Report on the lunatic asylums under the Government of Bombay - 1904-1913
Year: 1904
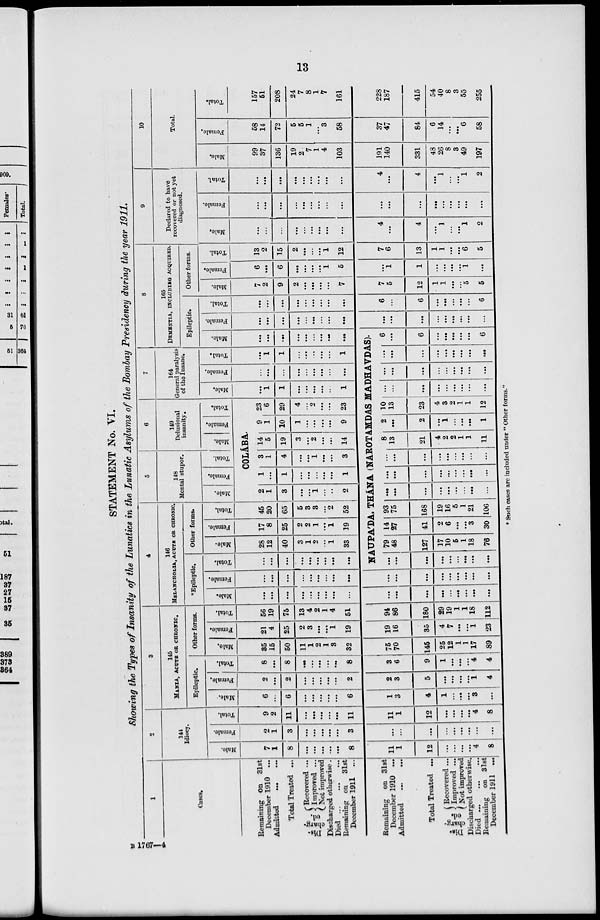
13
STATEMENT No. VI.
Showing the Types of Insanity of the Lunatics in the Lunatic Asylums of the Bombay Presidency during the year 1911.
1
Cases.
Remaining on
31st
December 1910...
Admitted
...
...
Total Treated ...
Dis¬
charg¬
ed.
Recovered ...
Improved ...
Not improved
Discharged otherwise.
Died...
...
...
Remaining on
31st
December 1911
Remaining on 31st
December 1910 ...
Admitted
...
...
Total Treated ...
Dis¬
charg-
ed.
Recovered ...
Improved ...
Not improved
Discharged otherwise.
Died
...
...
Remaining on 31 st
December 1911
2
144
Idiocy.
Male.
7
1
8
...
...
...
...
...
8
11
1
12
...
...
...
...
4
8
Female.
2
1
3
...
...
...
...
...
3
...
...
...
...
...
...
...
...
...
Total.
9
2
11
...
...
...
...
...
11
11
1
12
...
...
...
...
4
8
3
145
MANIA, ACUTE OR CHRONIC.
Epileptic.
Male.
6
...
6
...
...
...
...
...
6
1
3
4
1
...
...
...
3
...
Female.
2
...
2
...
...
...
...
...
2
2
3
5
...
...
...
...
1
4
Total.
8
...
8
...
...
...
...
...
8
3
6
9
1
...
...
...
4
4
Other forms.
Male.
35
15
50
11
1
2
1
3
32
75
70
145
25
12
1
1
17
89
Female.
21
4
25
2
3
...
...
1
19
19
16
35
4
7
...
...
1
23
Total.
56
19
75
13
4
2
1
4
51
94
86
180
29
19
1
1
18
112
4
146
MELANCHOLIA, ACUTE OR CHRONIC.
*Epileptic.
Male.
...
...
...
...
...
...
...
...
...
...
...
...
...
...
...
...
...
...
Female.
...
...
...
...
...
...
...
...
...
...
...
...
...
...
...
...
...
...
Total.
...
...
...
...
...
...
...
...
...
Other forms.
Male.
28
12
40
3
1
2
...
1
33
Female.
17
8
25
2
2
1
...
1
19
Total.
45
20
65
5
3
3
...
2
52
5
148
Mental stupor.
Male.
Female.
Total.
6
149
Delusional
insanity.
Male.
Female.
Total.
COLÁBA.
2
1
3
...
...
1
...
..
2
1
...
1
...
...
...
...
...
1
3
1
4
...
..
1
...
...
3
14
5
19
3
...
2
...
...
14
9
1
10
1
...
...
...
...
9
23
6
29
4
...
2
...
...
23
7
164
General paralysis
of the Insane.
Male.
...
1
1
...
...
...
...
1
Female.
...
...
...
...
...
...
...
...
...
Total.
...
1
1
...
...
...
...
...
1
8
165
DEMENTIA, INCLUDING ACQUIRED.
Epileptic.
Male.
...
...
...
...
...
...
...
...
...
NAUPA'DA, THÁNA (NAROTAMDAS MADHAVDAS).
...
...
...
...
...
...
...
...
...
79
48
127
17
10
5
1
18
76
14
27
41
2
6
...
...
3
30
93
75
168
19
16
5
1
21
106
...
...
...
...
...
...
...
...
...
...
...
...
...
...
...
...
...
...
...
...
...
...
...
...
...
...
...
8
13
21
4
2
2
1
1
11
2
...
2
...
1
...
...
...
1
10
13
23
4
3
2
1
1
12
...
...
...
...
...
...
...
...
...
...
...
...
...
...
...
...
...
...
...
...
...
...
...
...
...
...
6
...
6
...
...
...
...
...
6
Female.
...
...
...
...
...
...
...
...
...
...
...
...
...
...
...
...
...
...
Total.
...
...
...
...
...
...
...
...
...
6
...
6
...
...
...
...
...
6
Other forms.
Male.
7
2
9
2
...
...
...
...
7
7
5
12
1
1
...
...
5
5
Female.
6
...
6
...
...
...
...
1
5
...
1
1
...
...
...
...
1
...
Total.
13
2
15
2
...
...
...
1
12
7
6
13
1
1
...
...
6
5
9
Declared to have
recovered or not yet
diagnosed.
Male.
...
...
...
...
...
...
...
...
...
4
...
4
...
1
...
...
1
2
Female.
...
...
...
...
...
...
...
...
...
...
...
...
...
...
...
...
...
...
Total.
...
...
...
...
...
...
...
...
...
4
...
4
...
1
...
...
1
2
10
Total.
Male.
99
37
136
19
2
7
1
4
103
191
140
331
48
26
8
3
49
197
Female.
58
14
72
5
5
1
...
3
58
37
47
84
6
14
...
...
6
58
Total.
157
51
208
24
7
8
1
7
161
228
187
415
54
40
8
3
55
255
* Such cases are included under " Other forms."
B 1767—4